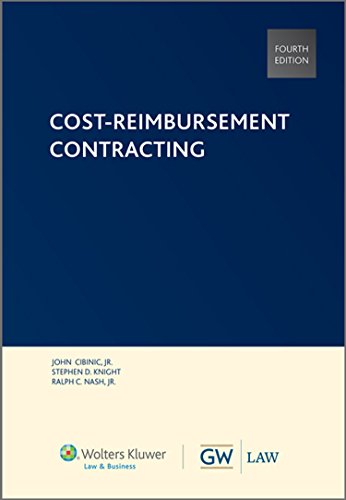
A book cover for Cost Reimbursement Contracting (Softcover); Wolters Kluwer Law & Business; Law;